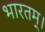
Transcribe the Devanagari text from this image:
भारतम्।